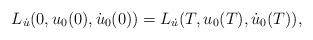
LaTeX: \begin{align*} L_{\dot{u}}(0,u_0(0),\dot{u}_0(0)) = L_{\dot{u}}(T,u_0(T),\dot{u}_0(T)), \end{align*}